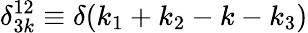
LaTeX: \delta_{3k}^{12}\equiv\delta(k_{1}+k_{2}-k-k_{3})